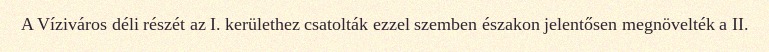
A Víziváros déli részét az I. kerülethez csatolták ezzel szemben északon jelentősen megnövelték a II.